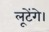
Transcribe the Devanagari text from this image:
लूटेंगे।